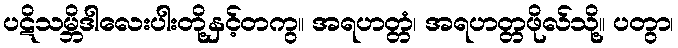
ပဋိသမ္ဘိဒါလေးပါးတို့နှင့်တကွ။ အရဟတ္တံ၊ အရဟတ္တဖိုလ်သို့။ ပတွာ၊